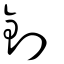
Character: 釗